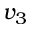
v _ { 3 }